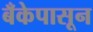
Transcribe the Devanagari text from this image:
बँकेपासून